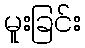
မူးခြင်း